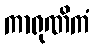
ကာရုဏိကံ